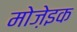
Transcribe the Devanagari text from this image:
मोजे़इक